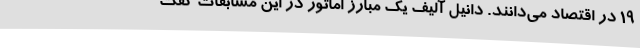
۱۹ در اقتصاد می‌دانند. دانیل آلیف یک مبارز اماتور در این مسابقات گفت